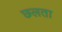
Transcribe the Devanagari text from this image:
छलता